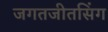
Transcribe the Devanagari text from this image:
जगतजीतसिंग